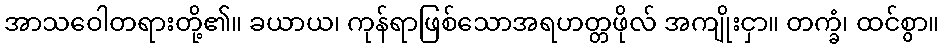
အာသဝေါတရားတို့၏။ ခယာယ၊ ကုန်ရာဖြစ်သောအရဟတ္တဖိုလ် အကျိုးငှာ။ တက္ခံ၊ ထင်စွာ။